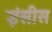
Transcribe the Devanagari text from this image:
इंसीस